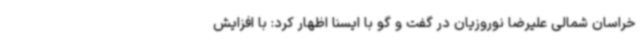
خراسان شمالی علیرضا نوروزیان در گفت و گو با ایسنا اظهار کرد: با افزایش